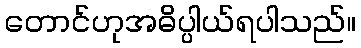
တောင်ဟုအဓိပ္ပါယ်ရပါသည်။